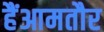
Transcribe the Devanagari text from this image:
हैंआमतौर